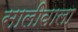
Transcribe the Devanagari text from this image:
सालीवाला